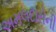
અમલદારોની